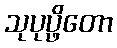
သုပုပ္ဖိတော